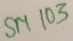
Text: SM103